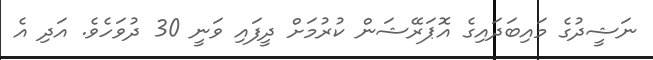
ނަޝީދުގެ މައިބަދައިގެ އޮޕަރޭޝަން ކުރުމަށް ދީފައި ވަނީ 30 ދުވަހެވެ. އަދި އެ